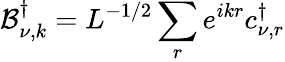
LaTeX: \mathcal{B}_{\nu,k}^{\dagger}=L^{-1/2}\sum_{r}e^{ikr}c_{\nu,r}^{\dagger}